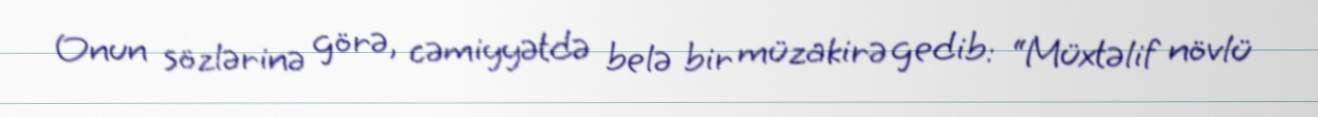
Onun sözlərinə görə, cəmiyyətdə belə bir müzakirə gedib: “Müxtəlif növlü